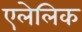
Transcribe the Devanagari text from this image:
एलेलिक